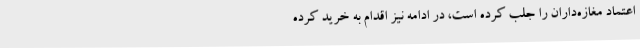
اعتماد مغازه‌داران را جلب کرده است، در ادامه نیز اقدام به خرید کرده